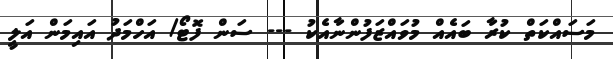
މަސައްކަތް ކުރާ ބައެއް މުވައްޒަފުންނާއެކު --- ސަން ފޮޓޯ/ އަހްމަދު އައިމަން އަލީ